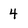
Character: 4